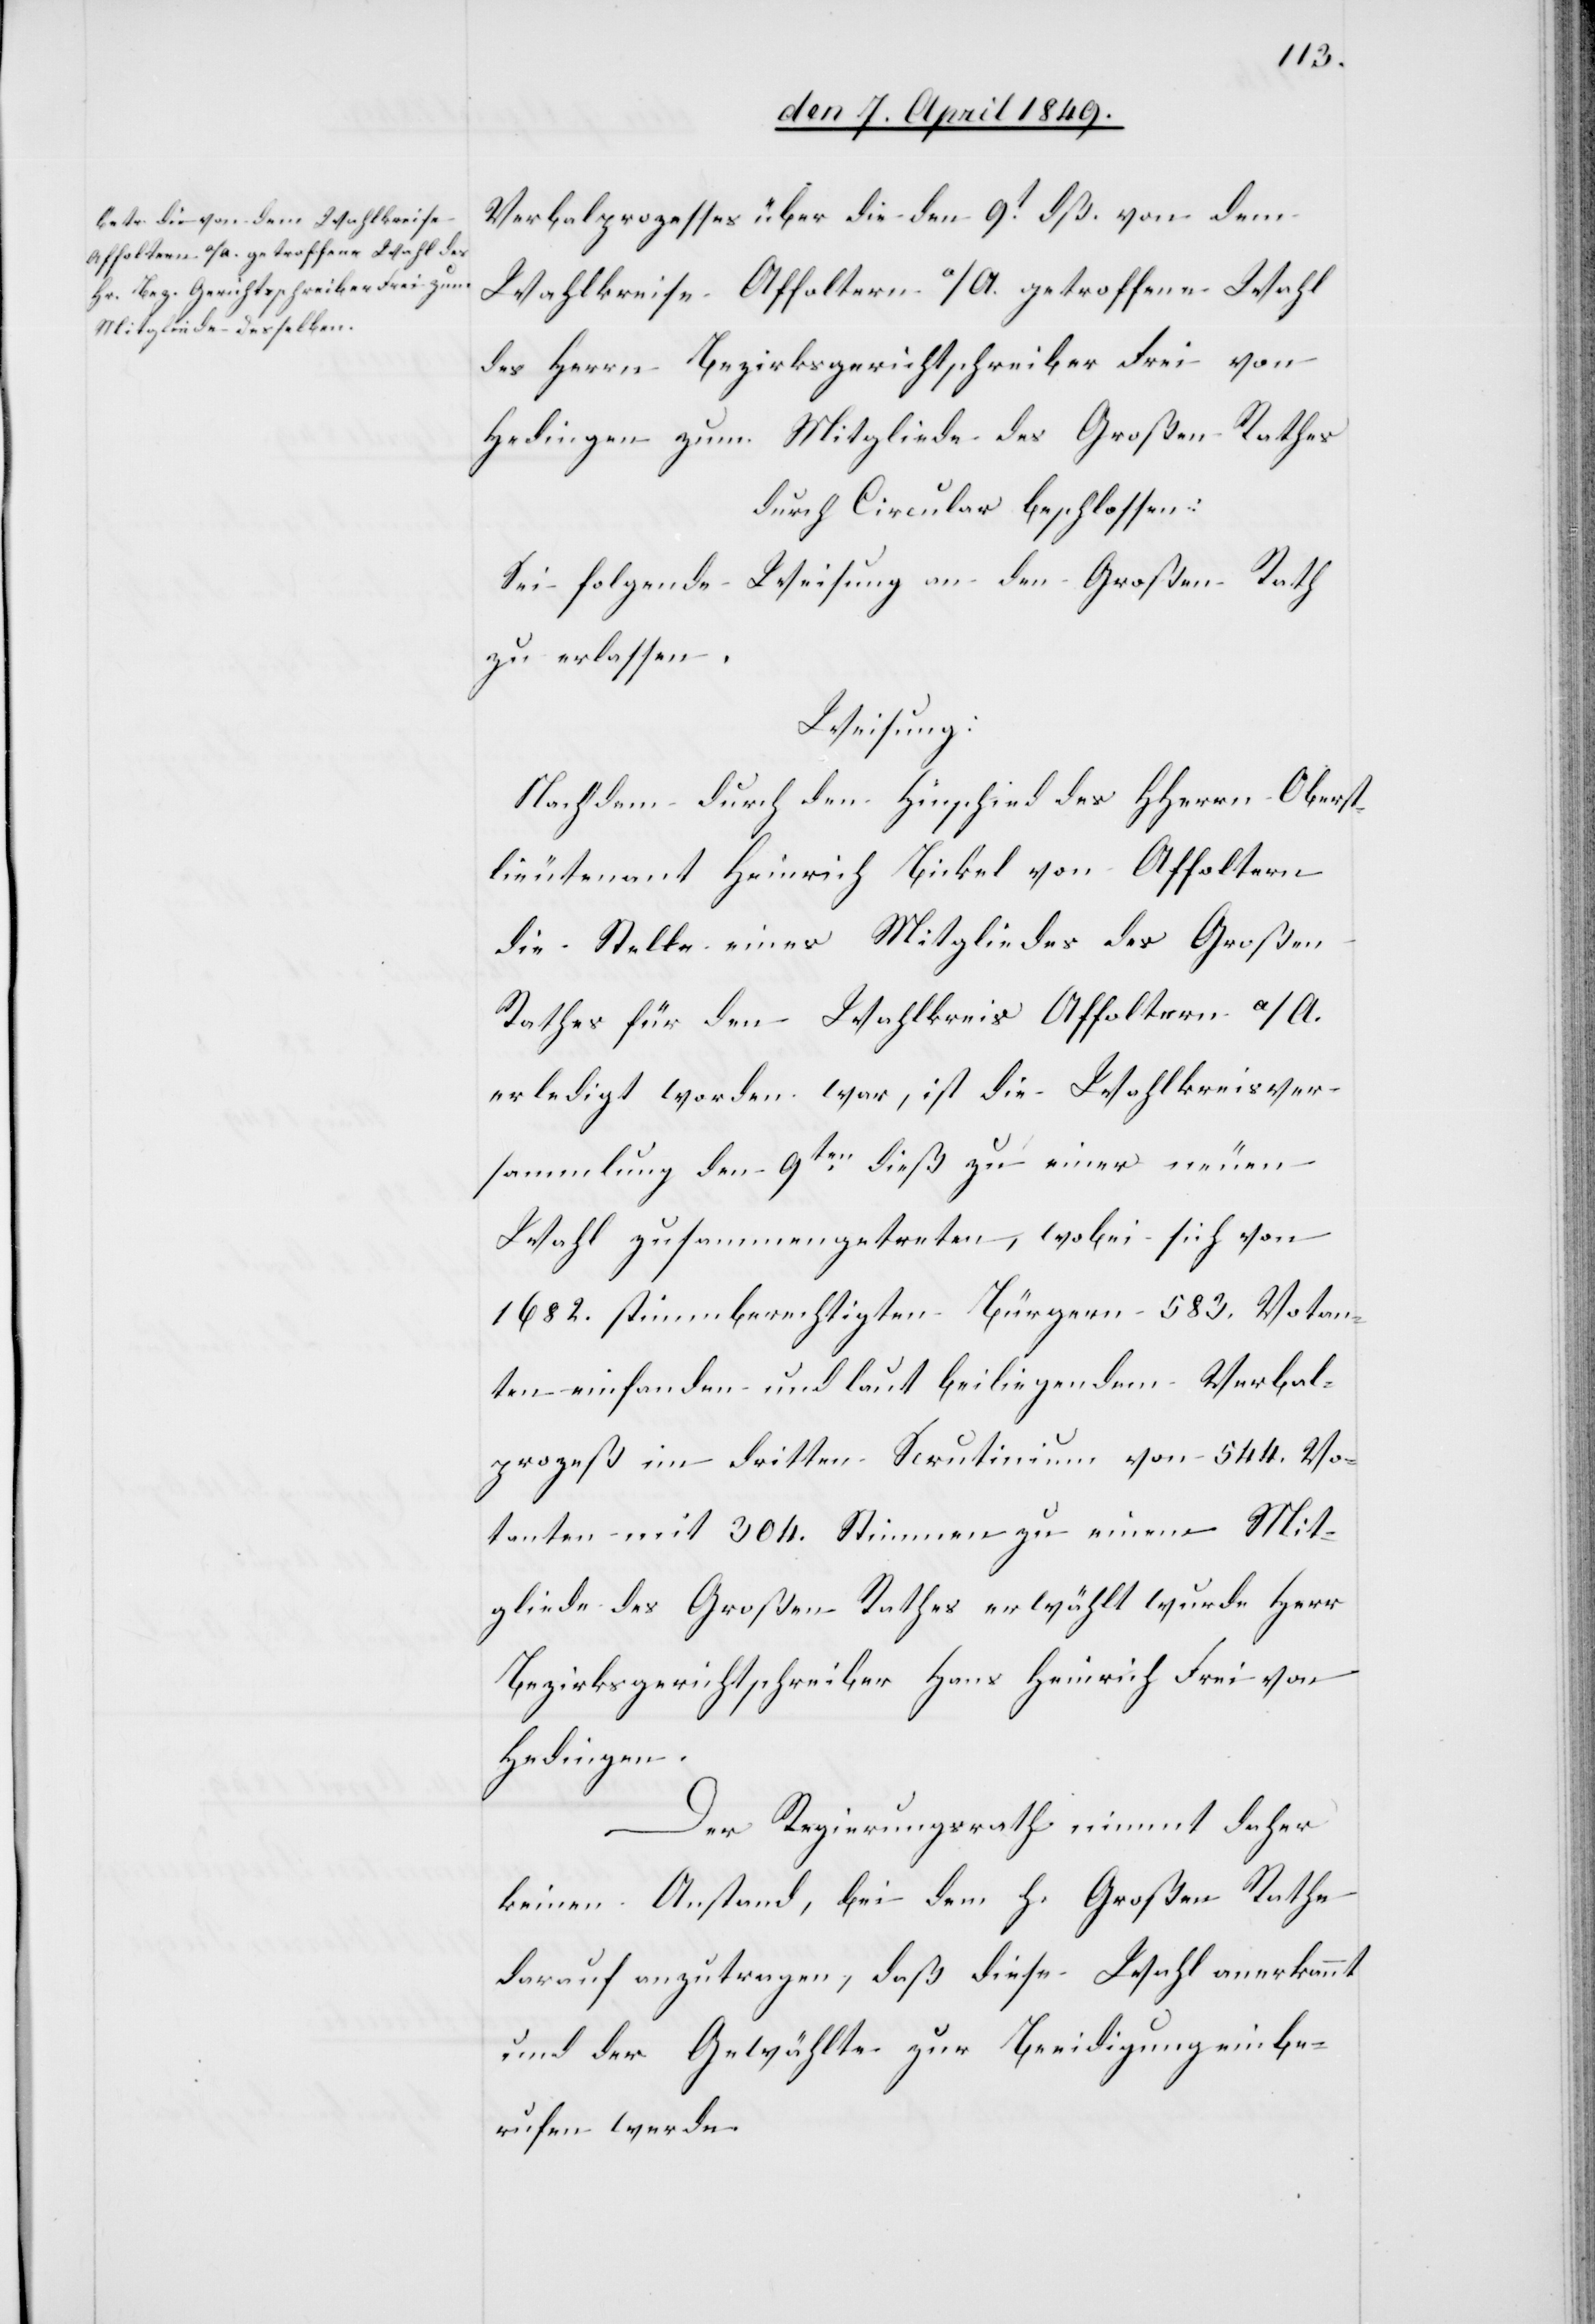
Verbalprozesses über die den 9t dß. von dem
Wahlkreise Affoltern a/A. getroffene Wahl
des Herrn Bezirksgerichtschreiber Frei von
Hedingen zum Mitgliede des Großen Rathes
durch Circular beschlossen:
Sei folgende Weisung an den Großen Rath
zu erlassen.
Weisung:
Nachdem durch den Hinschied des HHerrn Oberst¬
lieutenant Heinrich Bickel von Affoltern
die Stelle eines Mitgliedes des Großen
Rathes für den Wahlkreis Affoltern a/A.
erledigt worden war, ist die Wahlkreisver¬
sammlung den 9ten dieß zu einer neuen
Wahl zusammengetreten, wobei sich von
1682. stimmberechtigten Bürgern 583. Votan¬
ten einfanden und laut beiliegendem Verbal¬
prozeß im dritten Scrutinium von 544. Vo¬
tanten mit 304. Stimmen zu einem Mit¬
gliede des Großen Rathes erwählt wurde Herr
Bezirksgerichtschreiber Hans Heinrich Frei von
Hedingen.
Der Regierungsrath nimmt daher
keinen Anstand, bei dem h. Großen Rathe
darauf anzutragen, daß diese Wahl anerkannt
und der Gewählte zur Beeidigung einbe¬
rufen werde.